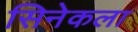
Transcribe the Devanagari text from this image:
सिनेकला